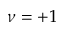
\nu = + 1